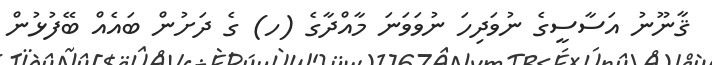
ޤާނޫނު އަސާސީގެ ނުވަދިހަ ނުވަވަނަ މާއްދާގެ (ހ) ގެ ދަށުން ބައެއް ބޭފުޅުން